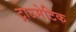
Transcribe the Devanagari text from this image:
ट्राउमेटिक